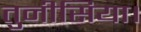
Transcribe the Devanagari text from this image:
तुनीसिया।